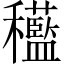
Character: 𱶭